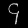
Digit: ၄